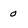
Character: 0